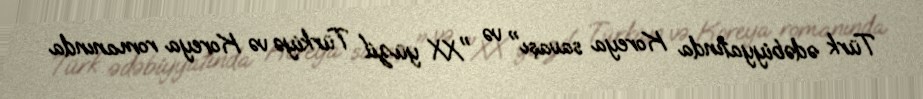
Türk ədəbiyyatında Koreya savaşı" və "XX yüzil Türkiyə və Koreya romanında